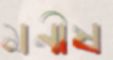
মনীষ